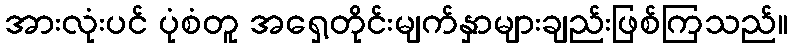
အားလုံးပင် ပုံစံတူ အရှေ့တိုင်းမျက်နှာများချည်းဖြစ်ကြသည်။